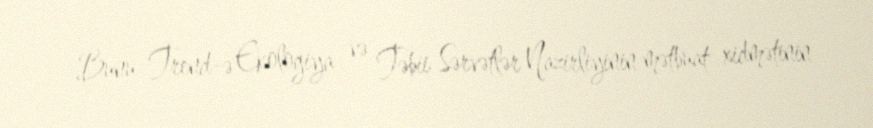
Bunu Trend-ə Ekologiya və Təbii Sərvətlər Nazirliyinin mətbuat xidmətinin